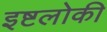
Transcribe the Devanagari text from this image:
इष्टलोकी